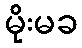
မိုးမခ